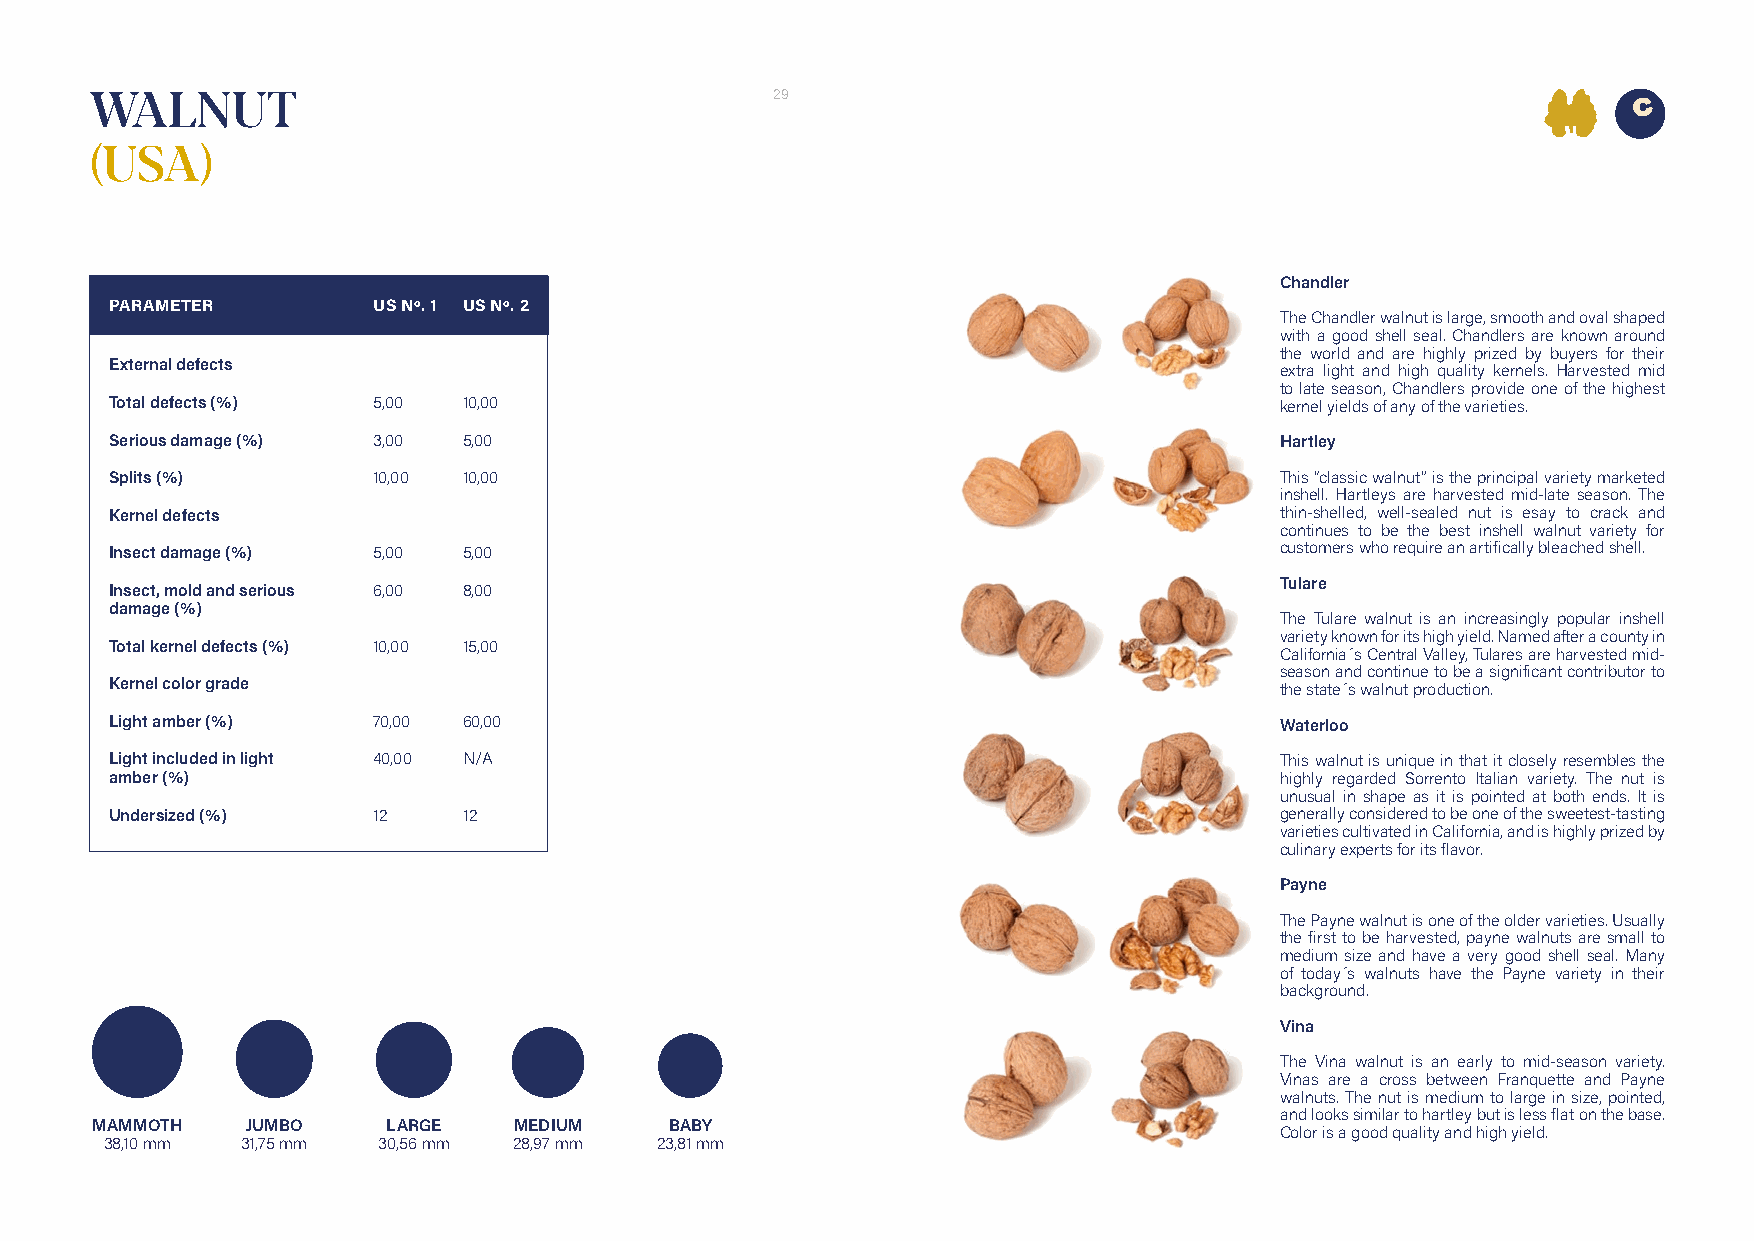
WALNUT                                       29
 (USA)
 Chandler
 PARAMETER         US Nº. 1 US Nº. 2
 The Chandler walnut is large, smooth and oval shaped
 with a good shell seal. Chandlers are known around
 the world and are highly prized by buyers for their
 External defects                                                              extra light and high quality kernels. Harvested mid
 to late season, Chandlers provide one of the highest
 Total defects (%) 5,00  10,00                                                 kernel yields of any of the varieties.
 Serious damage (%) 3,00 5,00                                                  Hartley
 Splits (%)        10,00 10,00                                                 This “classic walnut” is the principal variety marketed
 inshell. Hartleys are harvested mid-late season. The
 Kernel defects                                                                thin-shelled, well-sealed nut is esay to crack and
 continues to be the best inshell walnut variety for
 Insect damage (%) 5,00  5,00                                                  customers who require an artifically bleached shell.
 Tulare
 Insect, mold and serious 6,00 8,00
 damage (%)
 The Tulare walnut is an increasingly popular inshell
 variety known for its high yield. Named after a county in
 Total kernel defects (%) 10,00 15,00
 California´s Central Valley, Tulares are harvested mid-
 season and continue to be a significant contributor to
 Kernel color grade                                                            the state´s walnut production.
 Light amber (%)   70,00 60,00                                                 Waterloo
 Light included in light 40,00 N/A                                             This walnut is unique in that it closely resembles the
 amber (%)                                                                     highly regarded Sorrento Italian variety. The nut is
 unusual in shape as it is pointed at both ends. It is
 Undersized (%)    12    12                                                    generally considered to be one of the sweetest-tasting
 varieties cultivated in California, and is highly prized by
 culinary experts for its flavor.
 Payne
 The Payne walnut is one of the older varieties. Usually
 the first to be harvested, payne walnuts are small to
 medium size and have a very good shell seal. Many
 of today´s walnuts have the Payne variety in their
 background.
 Vina
 The Vina walnut is an early to mid-season variety.
 Vinas are a cross between Franquette and Payne
 walnuts. The nut is medium to large in size, pointed,
 and looks similar to hartley but is less flat on the base.
 MAMMOTH   JUMBO     LARGE   MEDIUM    BABY
 Color is a good quality and high yield.
 38,10 mm 31,75 mm 30,56 mm 28,97 mm 23,81 mm